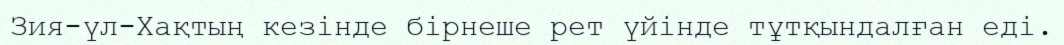
Зия-үл-Хақтың кезінде бірнеше рет үйінде тұтқындалған еді.